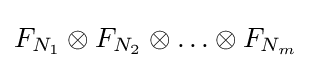
F_{N_{1}}\otimes F_{N_{2}}\otimes \ldots \otimes F_{N_{m}}